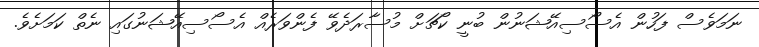
ނަމަވެސް ފަހުން އެސޯސިއޭޝަނުން ބުނީ ކޯޗަށް މުސާރަދެވޭ ފެންވަރެއް އެސޯސިއޭޝަނުގައި ނެތް ކަމަށެވެ.